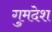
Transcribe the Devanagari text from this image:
गुमदेश